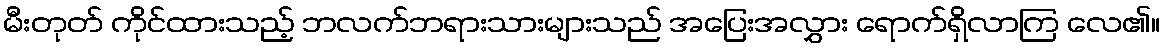
မီးတုတ် ကိုင်ထားသည့် ဘလက်ဘရားသားများသည် အပြေးအလွှား ရောက်ရှိလာကြ လေ၏။